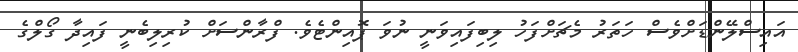
އައިސްލޭންޑަށްވެސް ހަތަރު މެޗަށްފަހު ލިބިފައިވަނީ ނުވަ ޕޮއިންޓެވެ. ފްރާންސަށް ކުރިލިބެނީ ފައިދާ ގޯލްގެ